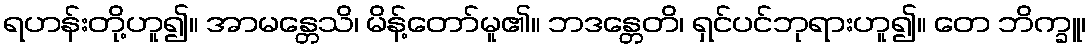
ရဟန်းတို့ဟူ၍။ အာမန္တေသိ၊ မိန့်တော်မူ၏။ ဘဒန္တေတိ၊ ရှင်ပင်ဘုရားဟူ၍။ တေ ဘိက္ခူ၊